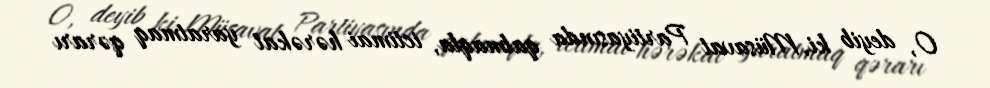
O, deyib ki, Müsavat Partiyasında qalmaqla, ictimai hərəkat yaratmaq qərarı